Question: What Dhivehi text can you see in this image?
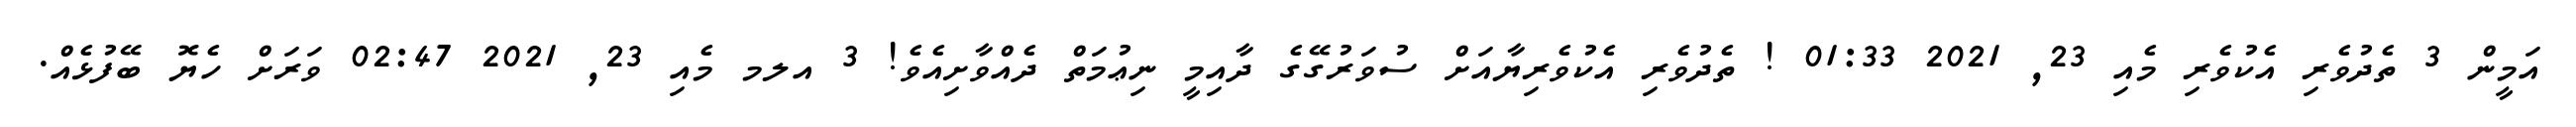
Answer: އަމީން 3 ތެދުވެރި އެކުވެރި މެއި 23, 2021 01:33 ! ތެދުވެރި އެކުވެރިޔާއަށް ސުވަރުގޭގެ ދާއިމީ ނިޢުމަތް ދެއްވާށިއެވެ! 3 އލމ މެއި 23, 2021 02:47 ވަރަށް ހެޔޮ ބޭފުޅެއް.